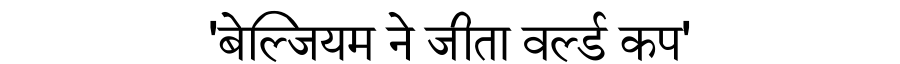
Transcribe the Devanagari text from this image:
'बेल्जियम ने जीता वर्ल्ड कप'